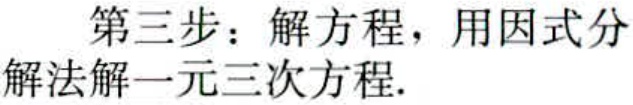
第三步：解方程，用因式分解法解一元三次方程.